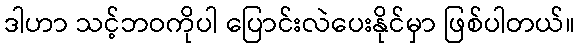
ဒါဟာ သင့်ဘဝကိုပါ ပြောင်းလဲပေးနိုင်မှာ ဖြစ်ပါတယ်။